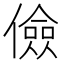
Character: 儉